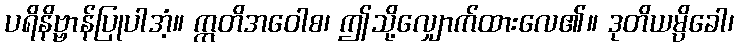
ပရိနိဗ္ဗာန်ပြုပါအံ့။ ဣတိအဝေါစ၊ ဤသို့လျှောက်ထားလေ၏။ ဒုတိယမ္ပိခေါ၊